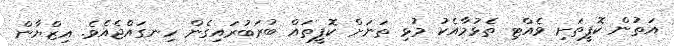
އަތުން ކޮފީތަށި ވެއްޓި ތެޅުމާއެކު މުޅި ތަނަށް ކޮފީތައް ބުރަބުރައިގެން ހިނގައްޖެއެވެ. އިޒްޔާން